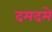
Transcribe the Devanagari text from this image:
दमदमे